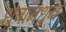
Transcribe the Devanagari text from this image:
धृवांमधुन